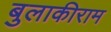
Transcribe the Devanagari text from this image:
बुलाकीराम